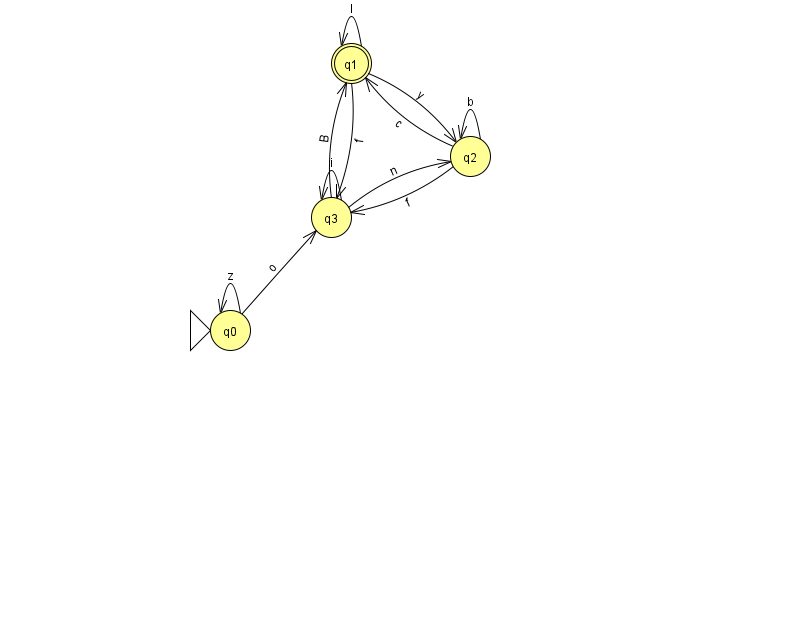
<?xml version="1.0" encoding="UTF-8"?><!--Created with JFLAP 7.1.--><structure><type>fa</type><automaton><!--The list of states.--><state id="0" name="q0"><x>230.0</x><y>317.0</y><initial/></state><state id="1" name="q1"><x>351.0</x><y>50.0</y><final/></state><state id="2" name="q2"><x>470.0</x><y>143.0</y></state><state id="3" name="q3"><x>331.0</x><y>204.0</y></state><!--The list of transitions.--><transition><from>1</from><to>3</to><read>f</read></transition><transition><from>2</from><to>3</to><read>f</read></transition><transition><from>2</from><to>2</to><read>b</read></transition><transition><from>0</from><to>3</to><read>o</read></transition><transition><from>2</from><to>1</to><read>c</read></transition><transition><from>3</from><to>1</to><read>B</read></transition><transition><from>1</from><to>2</to><read>y</read></transition><transition><from>3</from><to>2</to><read>n</read></transition><transition><from>3</from><to>3</to><read>i</read></transition><transition><from>0</from><to>0</to><read>z</read></transition><transition><from>1</from><to>1</to><read>l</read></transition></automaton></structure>